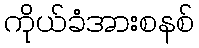
ကိုယ်ခံအားစနစ်